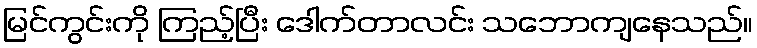
မြင်ကွင်းကို ကြည့်ပြီး ဒေါက်တာလင်း သဘောကျနေသည်။